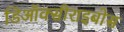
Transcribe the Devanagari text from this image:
डिऑक्सीराइबोस